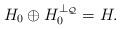
LaTeX: \begin{align*} H_0 \oplus H_0^{\perp_{\mathcal Q}} = H.\end{align*}